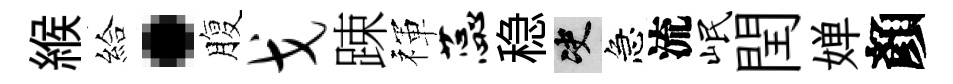
緱給·腹戈踈禈蕊稳决急流岷閏婵顏